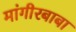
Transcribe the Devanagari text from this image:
मांगीरबाबा